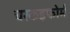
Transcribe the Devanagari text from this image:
चरकइफोर्म